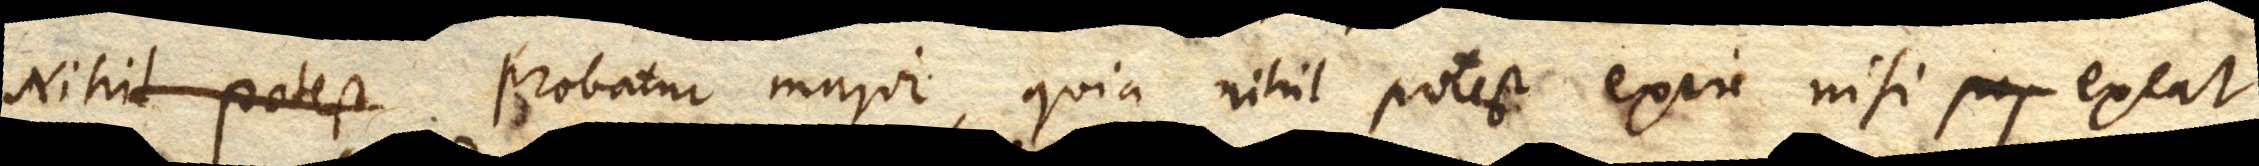
Nihil probatur major, quia nihil potest exire nisi exeat